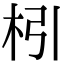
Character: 𣏖